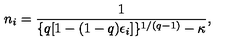
n _ { i } = \frac { 1 } { \{ q [ 1 - ( 1 - q ) \epsilon _ { i } ] \} ^ { 1 / ( q - 1 ) } - \kappa } ,